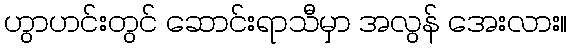
ဟွာဟင်းတွင် ဆောင်းရာသီမှာ အလွန် အေးလား။